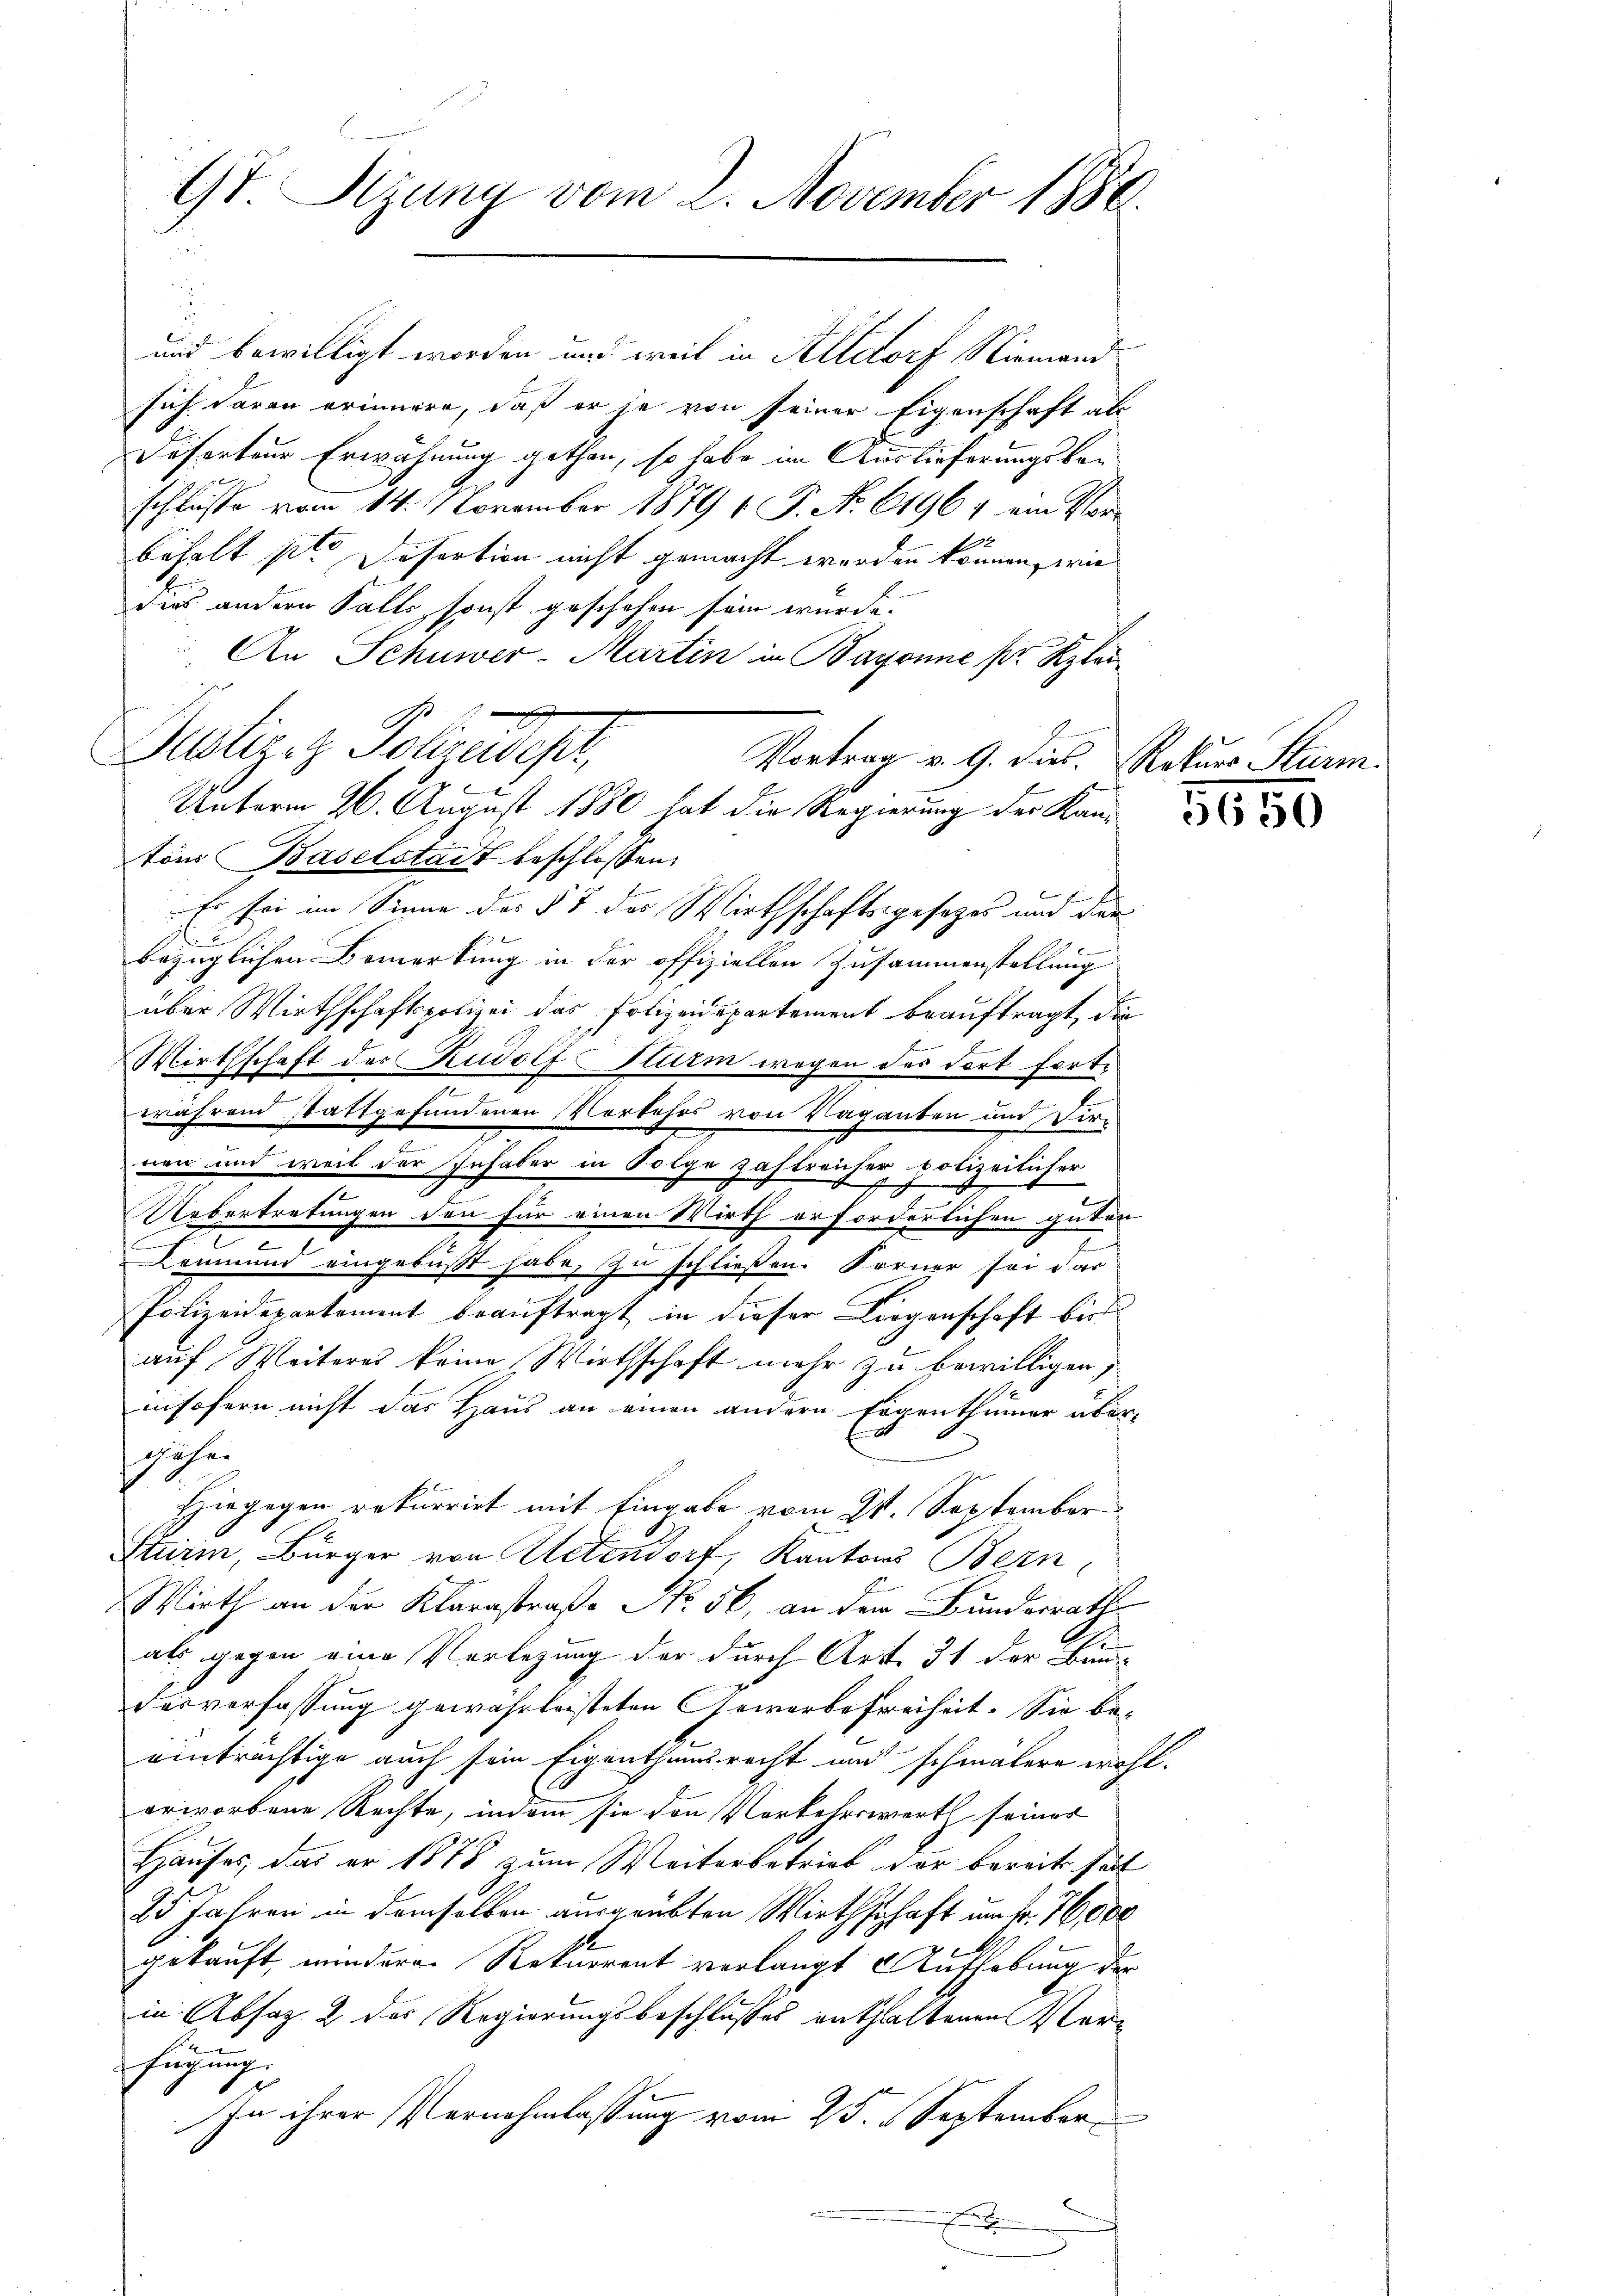
Gt. Szung vom 2. November 1888.
1.

und bewilligt worden und weil in Altdorf Niemand
sich daran erinnere, daß er je von seiner Eigenschaft als
Diferteur Erwähnung gethan, so habe im Auslieferungsbeschlüsse vom 14. November 1879 ( P. Nr. 61967 ein Vorbehalt ste Desertion nicht gemacht werden können, wie
dies andern Falls, sonst geschehen sein wurde.
An Schuwer-Martin in Bayonne pr. Klar
Vortrag v. 9. dies Rekurs Sturm.
tons Baselstadt beschlossen:
Er sei im Sinne des § 7 des Wirthschaftsgesetzes und die
1
bezüglichen Bemerkung in der offiziellen Zusammenstellung
über Wirthschaftspolizei das Polizeidepartement beauftragt, die
Wirthschaft der Rudolf Sturm wegen des dort fortwährend stattgefundenen Verkehrs von Vaganten und Vir-
nen und weil der Inhaber in Folge zahlreicher polizeilicher
Uebertretungen den für einen Wirth erforderlichen güter
Leumund eingebüßt habe, zu schließen. Forner sei dar
Polizeidepartement beauftragt, in dieser Liegenschaft bis
auf Weiteres keine Wirthschaft mehr zu bewilligen,
nisofern nicht das Haus an einen andern Eigenthümer über-
gähe.
Hiegegen rekurrirt mit Eingabe vom 21. September
Sturm, Bürger von Aetendorf, Kantons Bern
Wirth an der Klarastraße Nr. 56, an dem Bundesrath
als gegen eine Verlegung der durch Art. 31 der Bau-
desverfassung gewährleisteten Gewerbefreiheit. Sie be-
einträchtige auch sein Eigenthumsrecht und schmälern wohlerworbene Rechte, indem sie den Vorkehrswert seines
Hauses, das er 1878 zum Weiterbetrieb vor bereits halt
25 Jahren in demselben ausgeübten Wirthschaft um Fr. 76,000
gekauft mindere Rekurrent verlangt Aufhebung der
in Absatz 2 der Regierungsbeschlußes enthaltenen Verfügung
In ihrer Vernehmlassung vom 25. September¬
.

Justige Polizeidest,

Unterm 26. August 1880 hat die Regierung der Kan¬